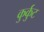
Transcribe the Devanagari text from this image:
कुर्कुट